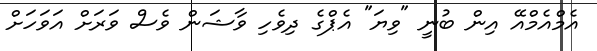
އެމްއެމްއޭ އިން ބުނީ "ވިޔަ" އެޕްގެ ދިވެހި ވާޝަން ވެސް ވަރަށް އަވަހަށް